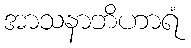
အာသနာဘိဟာရံ